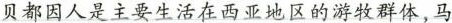
贝都因人是主要生活在西亚地区的游牧群体，马